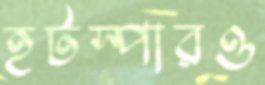
হটস্পারও